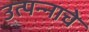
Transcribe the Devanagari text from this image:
उत्‍पन्‍नाचे